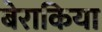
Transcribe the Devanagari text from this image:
बेराकिया